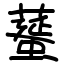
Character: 𦿸